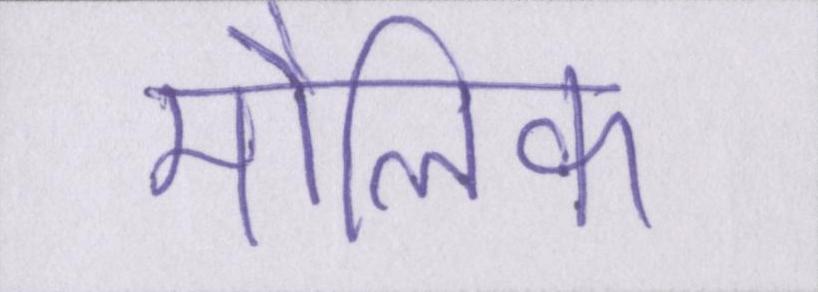
मौलिक